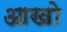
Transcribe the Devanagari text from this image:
आखो